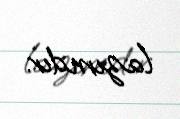
lazımdır.